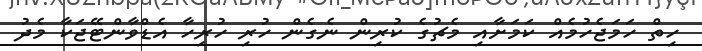
ހިތް ހަމަޖެހުމެއް ކަމަށާއި މެޗުގެ ކުރިން ނެގެން ހުރި ހުރިހާ އެޑްވާންޓޭޖަކާ މެދު